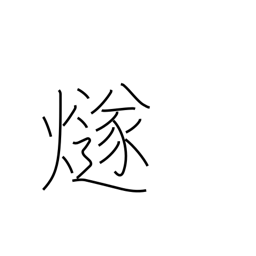
Meaning: signal fire